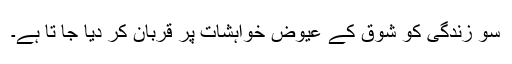
سو زندگی کو شوق کے عیوض خواہشات پر قربان کر دیا جا تا ہے۔